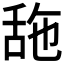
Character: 𦧓